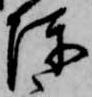
陳